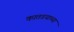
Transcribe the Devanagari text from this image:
कातडयाच्या